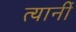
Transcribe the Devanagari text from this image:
त्यानीं